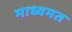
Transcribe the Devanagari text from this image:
माध्वमत